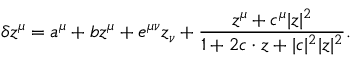
\delta z ^ { \mu } = a ^ { \mu } + b z ^ { \mu } + e ^ { \mu \nu } z _ { \nu } + \frac { z ^ { \mu } + c ^ { \mu } | z | ^ { 2 } } { 1 + 2 c \cdot z + | c | ^ { 2 } | z | ^ { 2 } } .